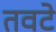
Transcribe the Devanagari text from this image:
तवटे